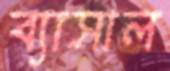
ব্যাসাল